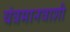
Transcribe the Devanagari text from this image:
यंत्रमानवाशी